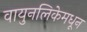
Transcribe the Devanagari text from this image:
वायुनलिकेमधून